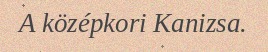
A középkori Kanizsa.